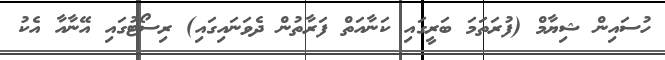
ހުސައިން ޝިޔާމް (ފުރަތަމަ ބަރީގައި ކަނާއަތް ފަރާތުން ދެވަނައިގައި) ރިސޯޓުގައި އޭނާއާ އެކު